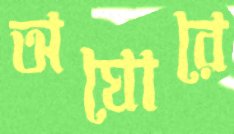
অঘোরে